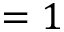
{ } = 1